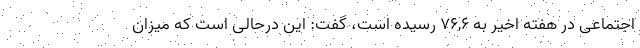
اجتماعی در هفته اخیر به ۷۶,۶ رسیده است، گفت: این درحالی است که میزان